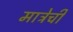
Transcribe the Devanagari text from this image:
मात्रेची